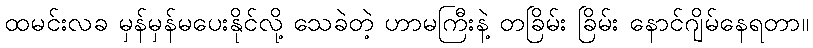
ထမင်းလခ မှန်မှန်မပေးနိုင်လို့ သေခဲတဲ့ ဟာမကြီးနဲ့ တခြိမ်း ခြိမ်း နောင်ဂျိမ်နေရတာ။